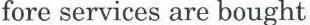
fore services are bought